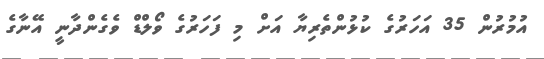
އުމުރުން 35 އަހަރުގެ ކުޅުންތެރިޔާ އަށް މި ފަހަރުގެ ވޯލްޑް ވެގެންދާނީ އޭނާގެ